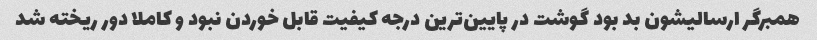
همبرگر ارسالیشون بد بود گوشت در پایین‌ترین درجه کیفیت قابل خوردن نبود و کاملا دور ریخته شد